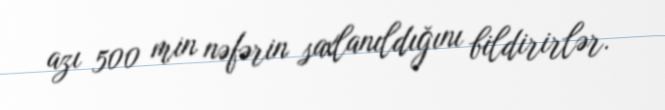
azı 500 min nəfərin saxlanıldığını bildirirlər.